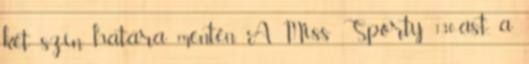
két szín határa mentén. A Miss Sporty 130-ast, a